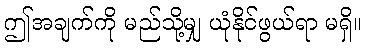
ဤအချက်ကို မည်သို့မျှ ယုံနိုင်ဖွယ်ရာ မရှိ။